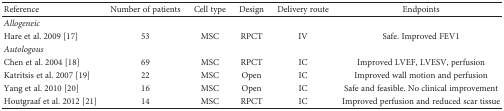
<table><thead><tr><td><b>Reference</b></td><td><b>Number of patients</b></td><td><b>Cell type</b></td><td><b>Design</b></td><td><b>Delivery route</b></td><td><b>Endpoints</b></td></tr></thead><tbody><tr><td><i>Allogeneic</i></td><td></td><td></td><td></td><td></td><td></td></tr><tr><td>Hare et al. 2009 [17]</td><td>53</td><td>MSC</td><td>RPCT</td><td>IV</td><td>Safe. Improved FEV1</td></tr><tr><td><i>Autologous</i></td><td></td><td></td><td></td><td></td><td></td></tr><tr><td>Chen et al. 2004 [18]</td><td>69</td><td>MSC</td><td>RPCT</td><td>IC</td><td>Improved LVEF, LVESV, perfusion</td></tr><tr><td>Katritsis et al. 2007 [19]</td><td>22</td><td>MSC</td><td>Open</td><td>IC</td><td>Improved wall motion and perfusion</td></tr><tr><td>Yang et al. 2010 [20]</td><td>16</td><td>MSC</td><td>Open</td><td>IC</td><td>Safe and feasible. No clinical improvement</td></tr><tr><td>Houtgraaf et al. 2012 [21]</td><td>14</td><td>MSC</td><td>RPCT</td><td>IC</td><td>Improved perfusion and reduced scar tissue</td></tr></tbody></table>